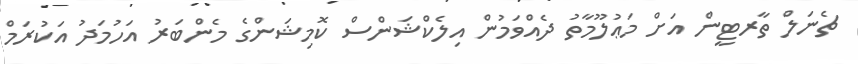
ޗެނަލް ތާރޓީން އަށް މަޢުލޫމާތު ދެއްވަމުން އިލެކްޝަންސް ކޮމިޝަންގެ މެންބަރު އަހުމަދު އަކުރަމް